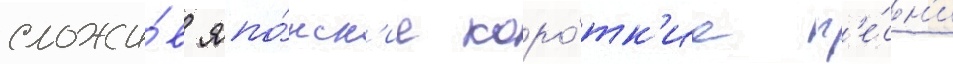
сложи́в япо́нск'ие коро́тк'ие п'е́сн'и